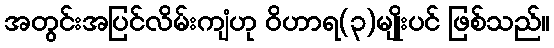
အတွင်းအပြင်လိမ်းကျံဟု ဝိဟာရ(၃)မျိုးပင် ဖြစ်သည်။